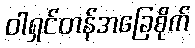
ဝါရှင်တန်အခြေစိုက်